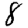
Digit: 8